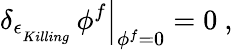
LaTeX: \left.\delta_{\epsilon_{\phantom{}_{{Killing}}}}\, \phi^{f}\right|_{\phi^{f}=0}=0\ ,